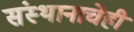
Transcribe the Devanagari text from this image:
संस्थानाचेही